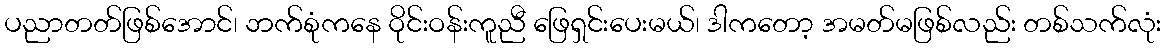
ပညာတတ်ဖြစ်အောင်၊ ဘက်စုံကနေ ဝိုင်းဝန်းကူညီ ဖြေရှင်းပေးမယ်၊ ဒါကတော့ အမတ်မဖြစ်လည်း တစ်သက်လုံး